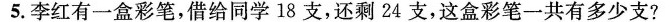
5.李红有一盒彩笔，借给同学18支，还剩24支，这盒彩笔一共有多少支?